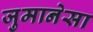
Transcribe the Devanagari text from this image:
जुमानेसा